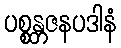
ပစ္စန္တဇနပဒါနံ